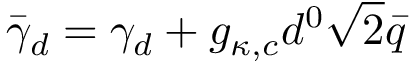
\bar { \gamma } _ { d } = \gamma _ { d } + g _ { \kappa , c } d ^ { 0 } \sqrt { 2 } \bar { q }